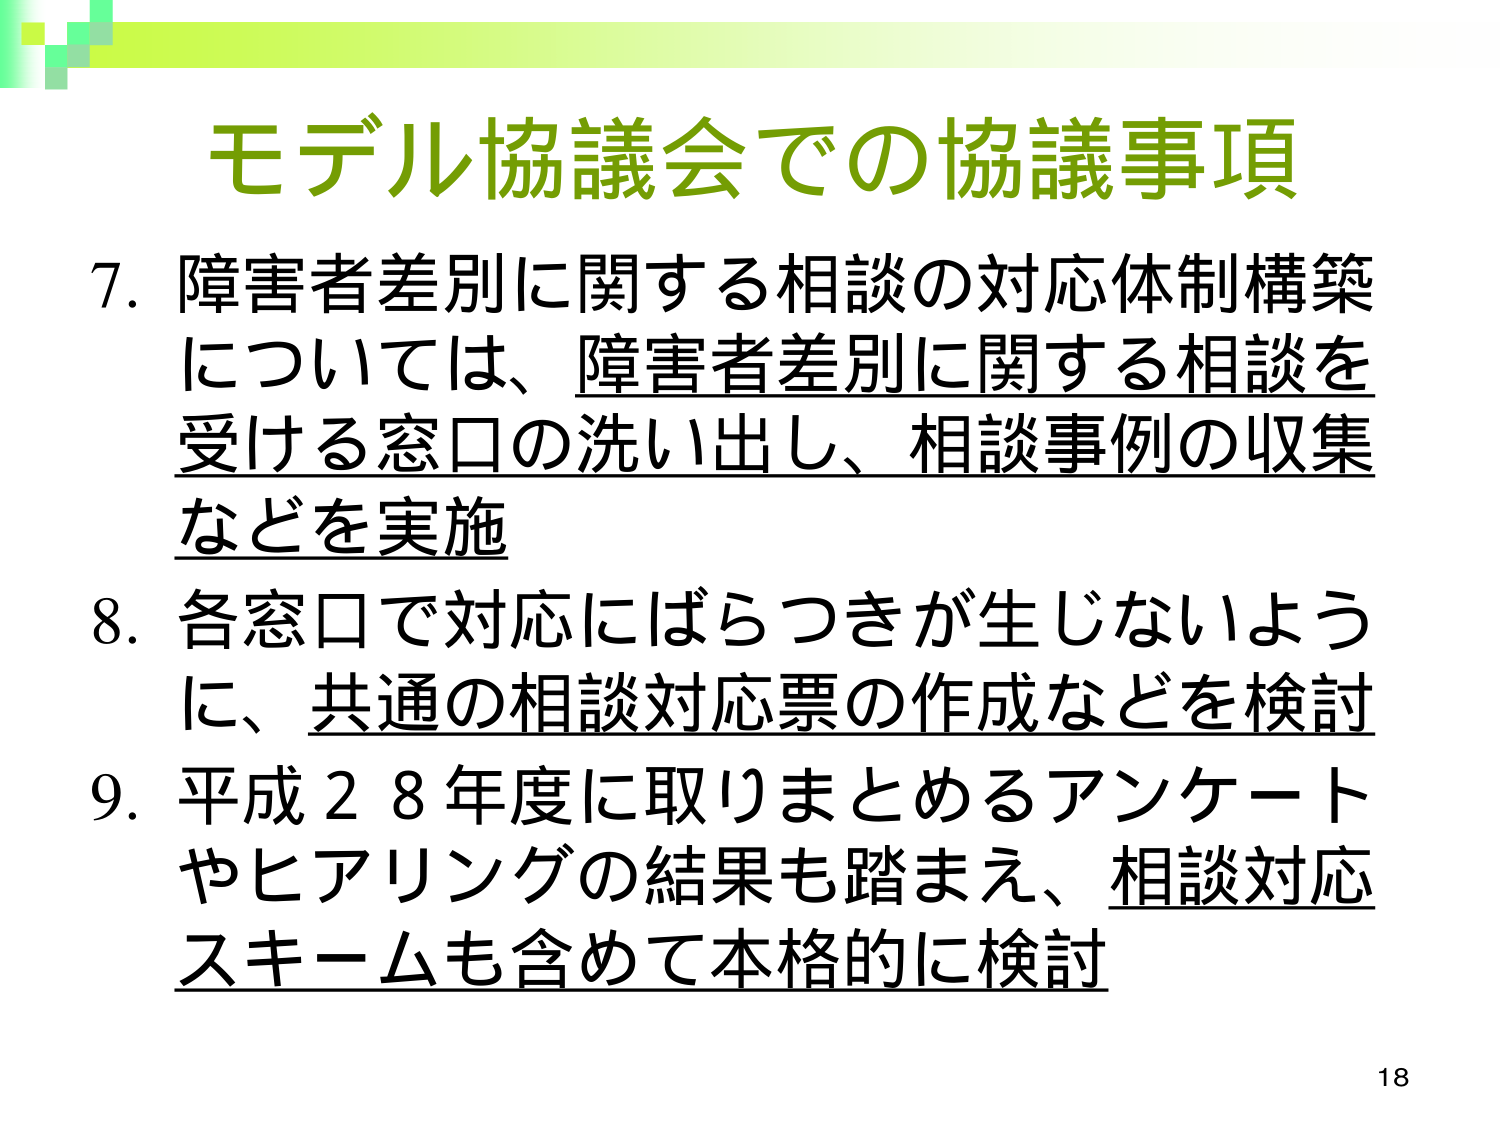
モデル協議会での協議事項

7. 障害者差別に関する相談の対応体制構築については、障害者差別に関する相談を受ける窓口の洗い出し、相談事例の収集などを実施

8. 各窓口で対応にばらつきが生じないように、共通の相談対応票の作成などを検討

9. 平成28年度に取りまとめるアンケートやヒアリングの結果も踏まえ、相談対応スキームも含めて本格的に検討

18